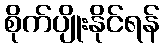
စိုက်ပျိုးနိုင်ရန်